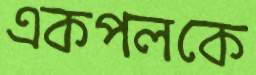
একপলকে